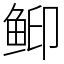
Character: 䲟